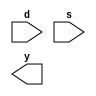
module demultiplexer(d,s,y);
input d;
input [2:0]s;
output [7:0]y;
endmodule